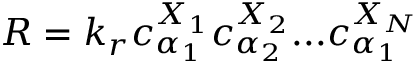
R = k _ { r } c _ { \alpha _ { 1 } } ^ { X _ { 1 } } c _ { \alpha _ { 2 } } ^ { X _ { 2 } } . . . c _ { \alpha _ { 1 } } ^ { X _ { N } }